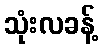
သုံးလခန့်